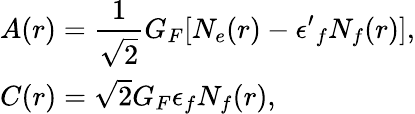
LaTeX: \begin{array}{l}{{A(r)=\displaystyle\frac{1}{\sqrt 2}G_{F}[N_{e}(r)-{\epsilon^{\prime}}_{f}N_{f}(r)],}}\\ {{C(r)=\sqrt 2G_{F}\epsilon_{f}N_{f}(r),}}\end{array}